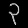
Digit: ၃